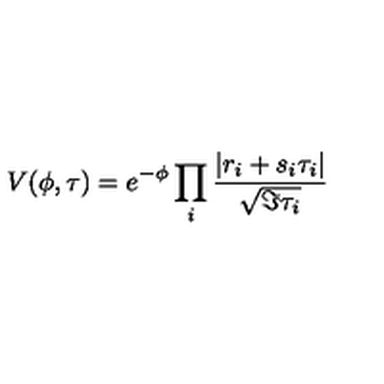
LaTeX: V ( \phi , \tau ) = e ^ { - \phi } \prod _ { i } \frac { | r _ { i } + s _ { i } \tau _ { i } | } { \sqrt { \Im \tau _ { i } } }